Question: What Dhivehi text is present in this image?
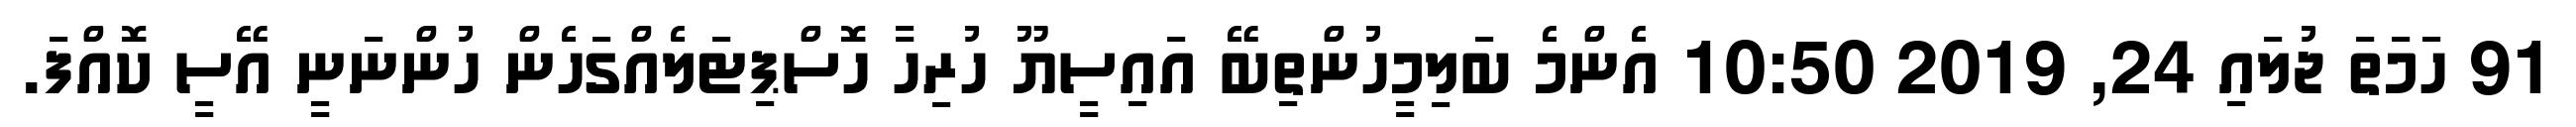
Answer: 91 ހަމަތަ ޖުލައި 24, 2019 10:50 އެންމެ ބަލިމީހުންތިބޭ އައިސީޔޫ ހުރިހާ ހޮސްޕިޓަލެއްގަހެން ހުންނަނީ އޭސީ ކޮއްފަ.